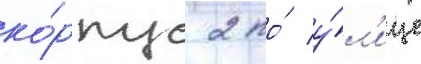
ко́рпус 2 по́ у́л'ице